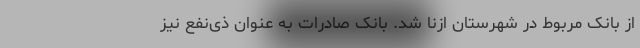
از بانک مربوط در شهرستان ازنا شد. بانک صادرات به عنوان ذی‌نفع نیز